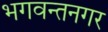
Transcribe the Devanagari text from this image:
भगवन्तनगर